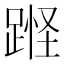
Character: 𰸘